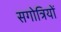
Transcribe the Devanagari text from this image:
सगोत्रियों